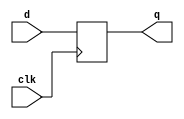
module dff_23(clk, d, q);
input clk, d;
output reg q;
always @(posedge clk)
	q <= d;
endmodule